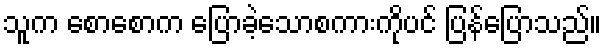
သူက စောစောက ပြောခဲ့သောစကားကိုပင် ပြန်ပြောသည်။